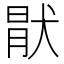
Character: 猒